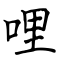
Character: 哩